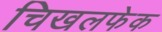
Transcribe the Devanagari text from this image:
चिखलफेक